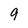
Character: 9